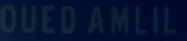
OUEDAMLIL